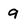
Character: 9